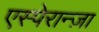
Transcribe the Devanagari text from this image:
एस्पेरान्ज़ा